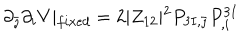
\partial _ { \bar { \jmath } } \partial _ { i } V \vert _ { f i x e d } = 2 \vert Z _ { 1 2 } \vert ^ { 2 } P _ { 3 I , \bar { \jmath } } P _ { , i } ^ { 3 I }